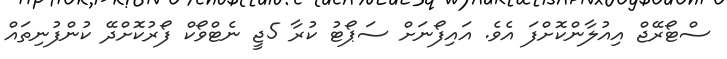
ސްޓޯރޭޖް އިއުލާންކޮށްފަ އެވެ. އައިފޯނަށް ސަޕޯޓު ކުރާ 5ޖީ ނެޓްވޯކް ފޯރުކޮށްދޭ ކުންފުނިތައް